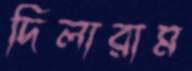
দিলারাম